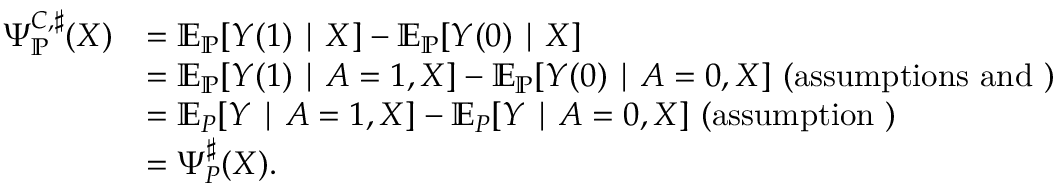
\begin{array} { r l } { \Psi _ { \mathbb { P } } ^ { C , \sharp } ( X ) } & { = \mathbb { E } _ { \mathbb { P } } [ Y ( 1 ) \mid X ] - \mathbb { E } _ { \mathbb { P } } [ Y ( 0 ) \mid X ] } \\ & { = \mathbb { E } _ { \mathbb { P } } [ Y ( 1 ) \mid A = 1 , X ] - \mathbb { E } _ { \mathbb { P } } [ Y ( 0 ) \mid A = 0 , X ] \mathrm { ~ ( a s s u m p t i o n s ~ a n d ~ ) } } \\ & { = \mathbb { E } _ { P } [ Y \mid A = 1 , X ] - \mathbb { E } _ { P } [ Y \mid A = 0 , X ] \mathrm { ~ ( a s s u m p t i o n ~ ) } } \\ & { = \Psi _ { P } ^ { \sharp } ( X ) . } \end{array}